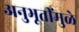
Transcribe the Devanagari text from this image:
अनुभूतींमुळे